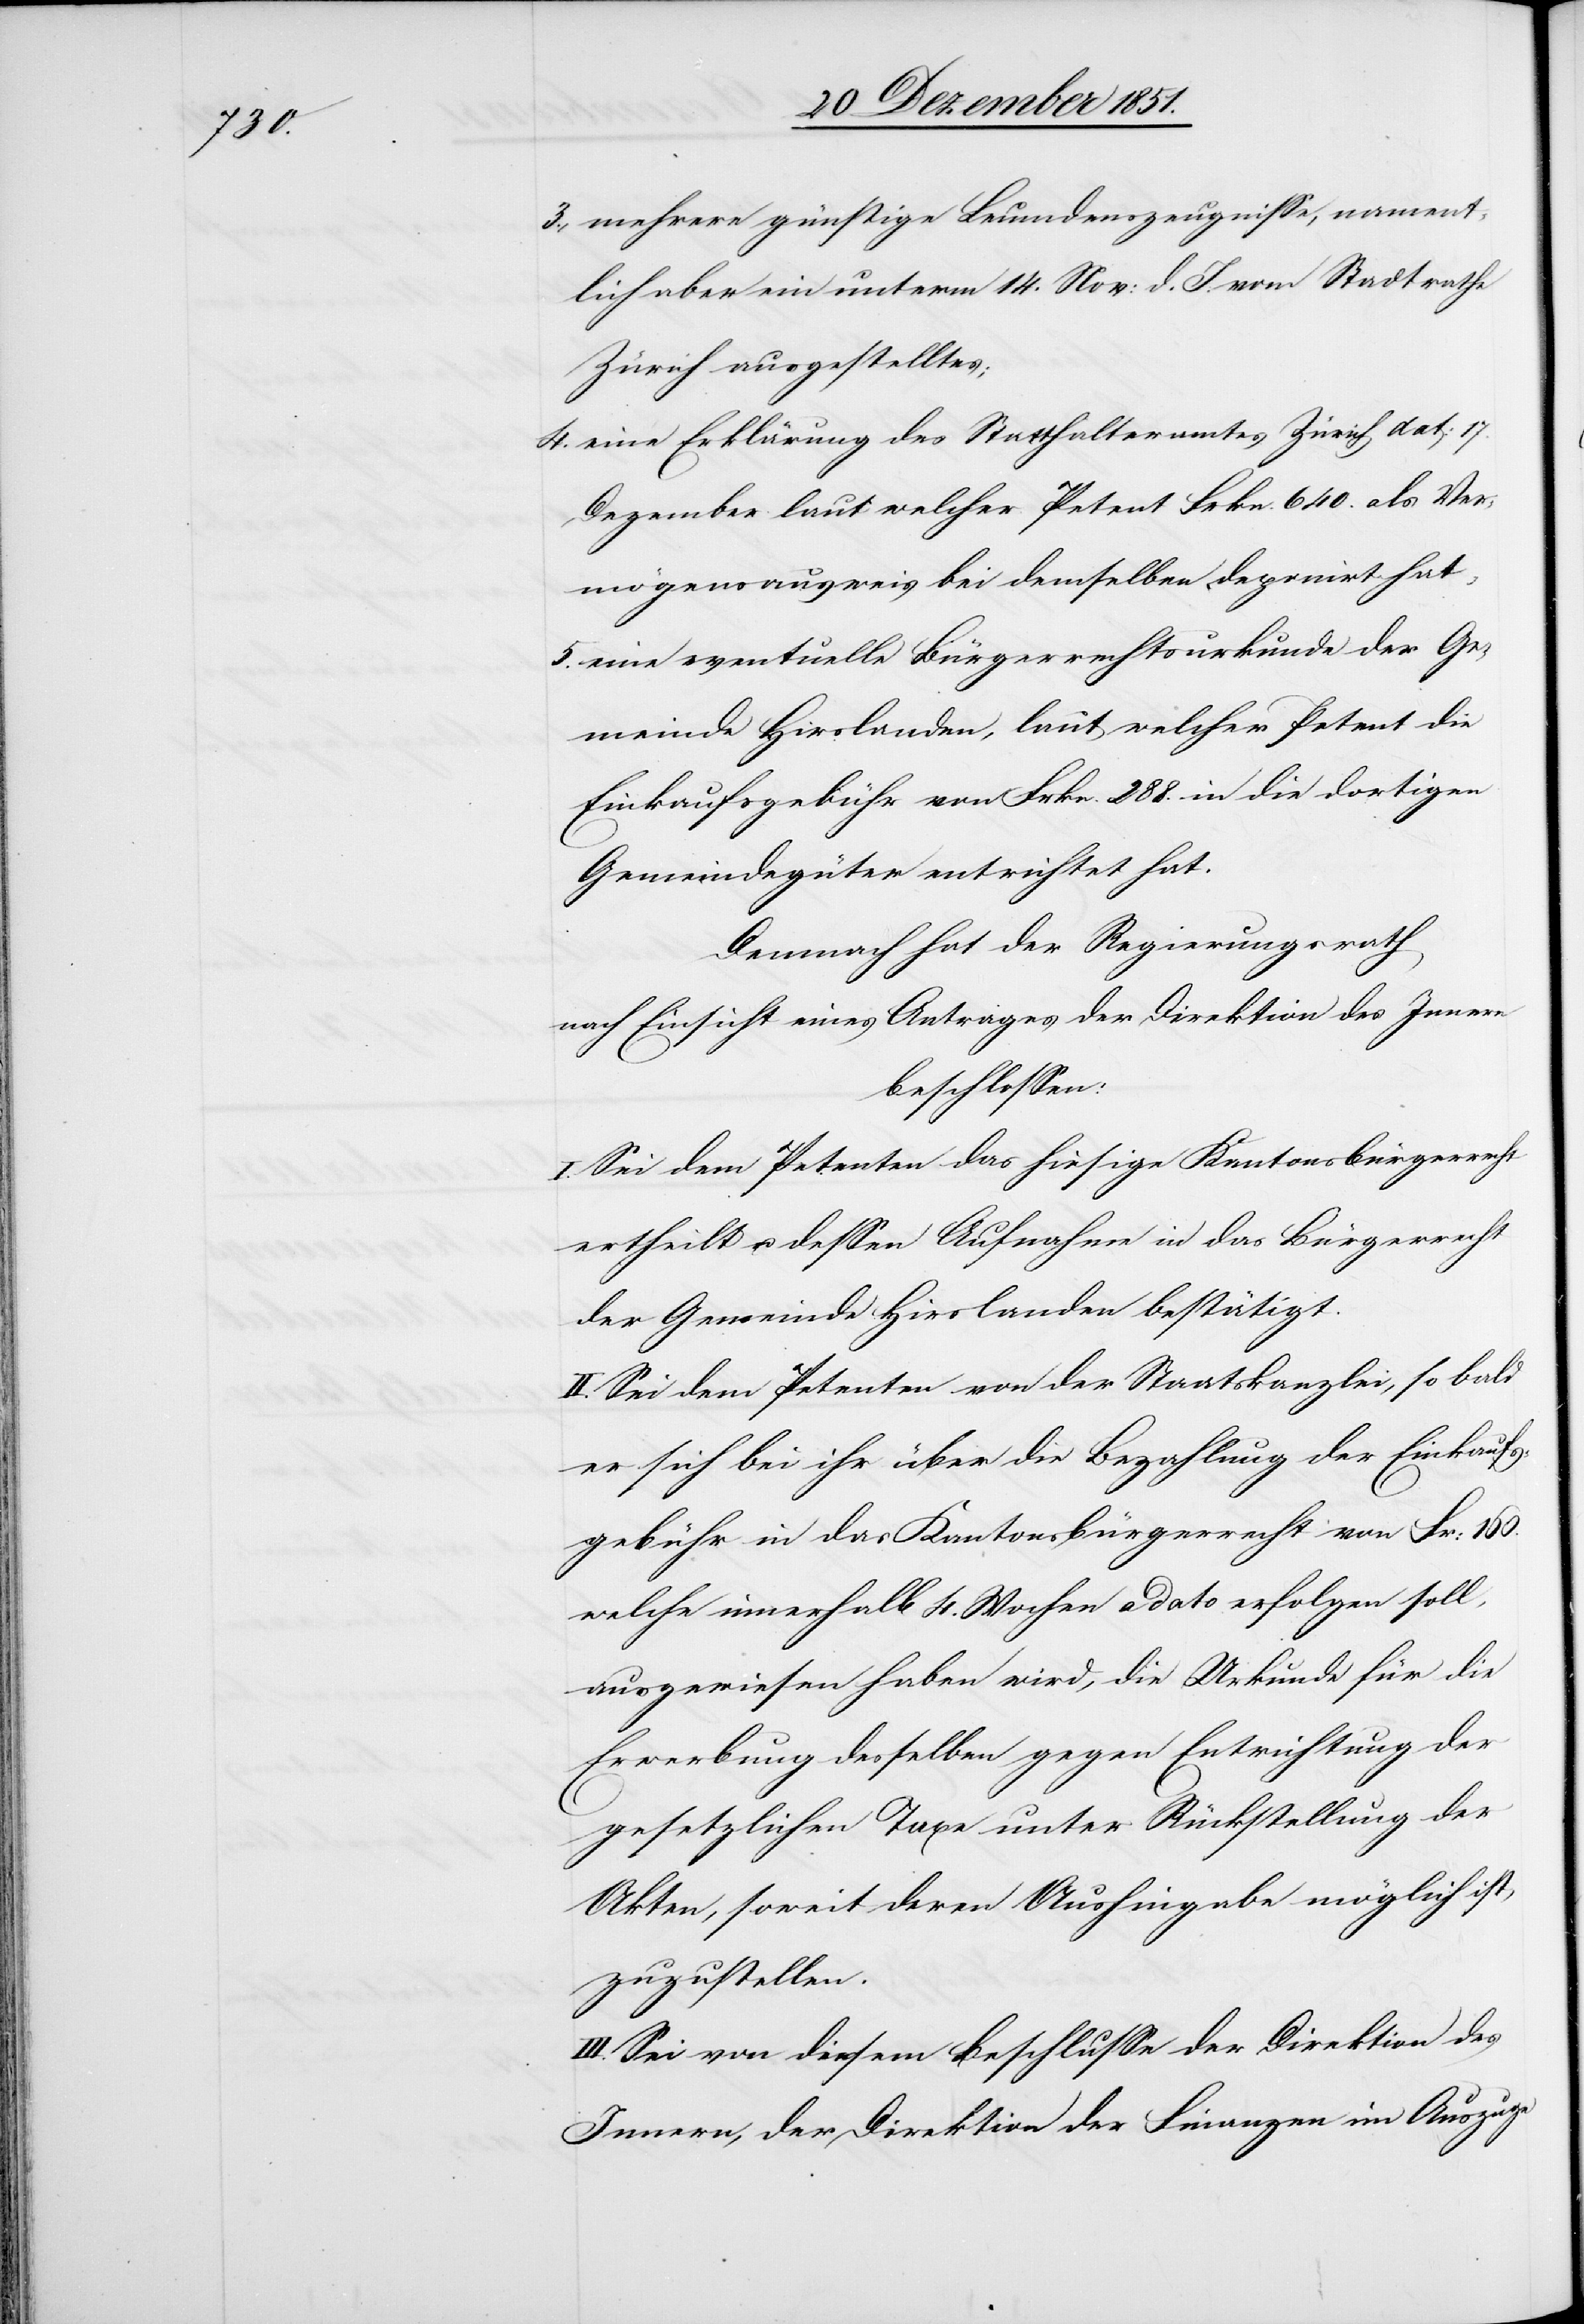
3.,

mehrere günstige Leumdenszeugnisse, nament¬
lich aber ein unterm 14. Nov: d. J. vom Stadtrathe
Zürich ausgestelltes;
eine Erklärung des Statthalteramtes Zürich dat: 17.
Dezember laut welcher Petent Frkn. 640. als Ver¬
mögensausweis bei demselben deponirt hat,
eine eventuelle Bürgerrechtsurkunde der Ge¬
meinde Hirslanden, laut welcher Petent die
Einkaufsgebühr von Frkn. 288. in die dortigen
Gemeindegüter entrichtet hat.
Demnach hat der Regierungsrath,
nach Einsicht eines Antrages der Direktion des Innern
beschlossen:
I. Sei dem Petenten das hiesige Kantonsbürgerrecht
ertheilt u. dessen Aufnahme in das Bürgerrecht
der Gemeinde Hirslanden bestätigt.
II. Sei dem Petenten von der Staatskanzlei, so bald
er sich bei ihr über die Bezahlung der Einkaufs¬
gebühr in das Kantonsbürgerrecht von Fr: 160.
welche innerhalb 4. Wochen a dato erfolgen soll,
ausgewiesen haben wird, die Urkunde für die
Erwerbung desselben gegen Entrichtung der
gesetzlichen Taxe unter Rückstellung der
Akten, soweit deren Aushingabe möglich ist,
zuzustellen.
III. Sei von diesem Beschlusse der Direktion des
Innern, der Direktion der Finanzen im Auszuge